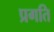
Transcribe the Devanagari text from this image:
प्रगति